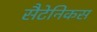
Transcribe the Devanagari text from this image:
सैटेनिकस